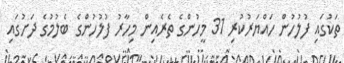
ތަކުގައި ފުލުހުން ހައްޔަރުކުރި 31 މީހުންގެ ތެރެއިން މިހާރު ފުލުހުންގެ ބެލުމުގެ ދަށުގައި